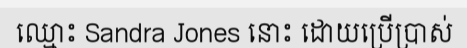
ឈ្មោះ Sandra Jones នោះ ដោយប្រើប្រាស់